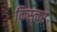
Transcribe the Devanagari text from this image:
किस्त्वर